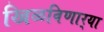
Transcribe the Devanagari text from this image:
खिळविणार्‍या